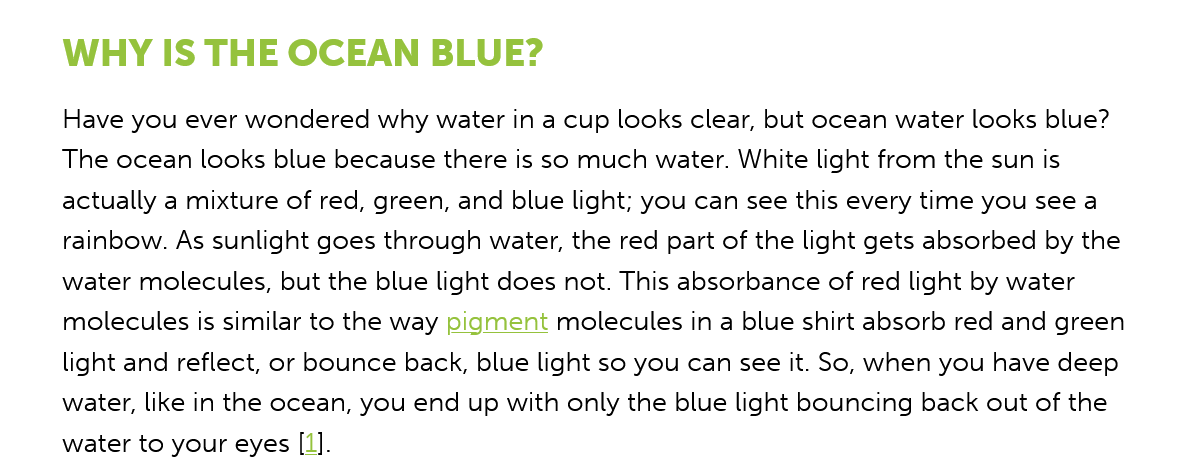
WHY IS   THE   OCEAN    BLUE?
     Have you ever wondered why water in a cup looks clear, but ocean water looks blue?
     The ocean looks blue because there is so much water. White light from the sun is
     actually a mixture of red, green, and blue light; you can see this every time you see a
     rainbow. As sunlight goes through water, the red part of the light gets absorbed by the
     water molecules, but the blue light does not. This absorbance of red light by water
     molecules is similar to the way pigment molecules in a blue shirt absorb red and green
     light and reflect, or bounce back, blue light so you can see it. So, when you have deep
     water, like in the ocean, you end up with only the blue light bouncing back out of the
     water to your eyes [1].